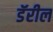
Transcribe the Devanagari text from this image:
डॅरील